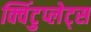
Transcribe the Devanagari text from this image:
क्विंटुप्लेट्स